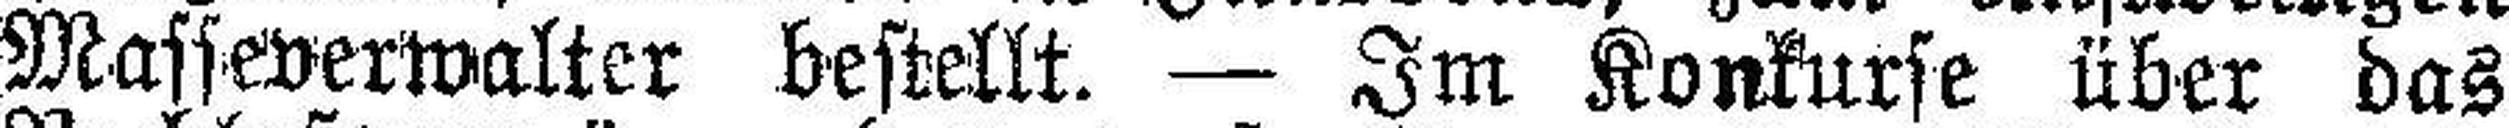
Masseverwalter bestellt. — Im Konkurse über das